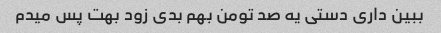
ببین داری دستی یه صد تومن بهم‌ بدی زود بهت پس میدم